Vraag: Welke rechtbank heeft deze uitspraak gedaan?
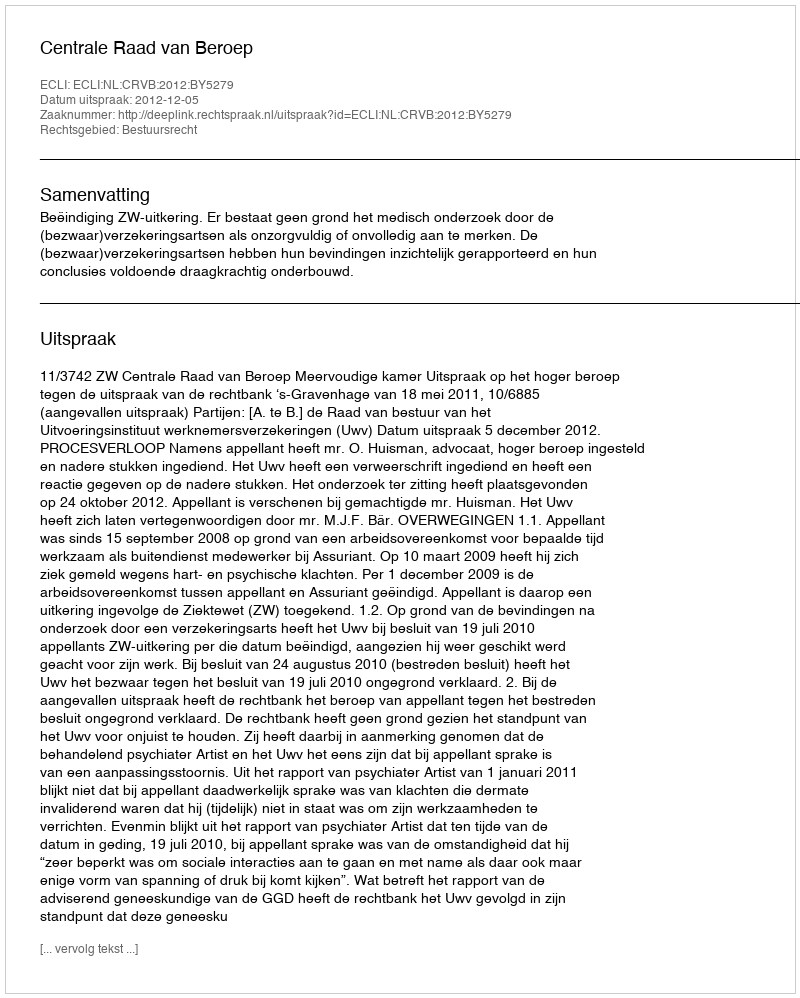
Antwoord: Centrale Raad van Beroep